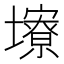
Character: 𪤮